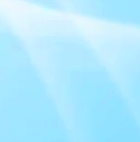
موقف رئيسي